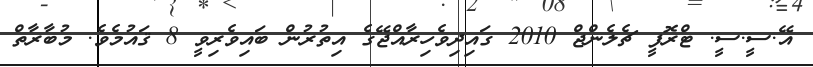
އޭ.ސީ.ސީ. ޓްރޮފީ ޗެލެންޖް 2010 ގައިދިވެހިރާއްޖޭގެ އިތުރުން ބައިވެރިވީ 8 ޤައުމެވެ. މުބާރާތް